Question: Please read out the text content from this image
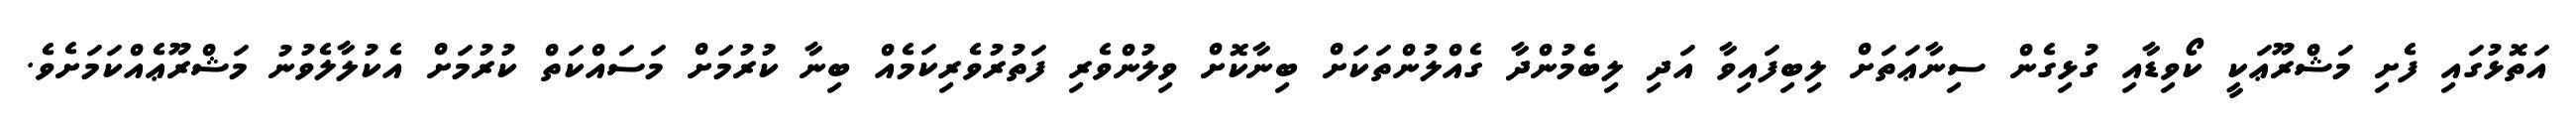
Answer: އަތޮޅުގައި ފެށި މަޝްރޫޢަކީ ކޯވިޑާއި ގުޅިގެން ސިނާޢަތަށް ލިބިފައިވާ އަދި ލިބެމުންދާ ގެއްލުންތަކަށް ބިނާކޮށް ވިލުންވެރި ފަތުރުވެރިކަމެއް ބިނާ ކުރުމަށް މަސައްކަތް ކުރުމަށް އެކުލާލެވުނު މަޝްރޫޢެއްކަމަށެވެ.